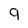
Character: 9